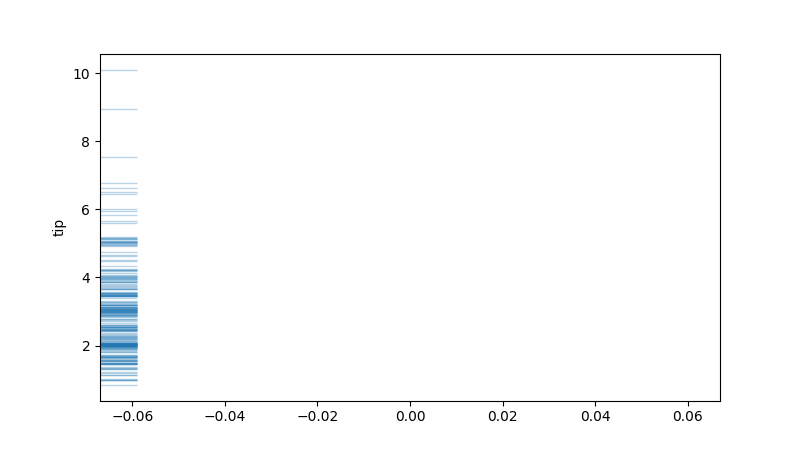
python, seaborn, rugplot, height=0.06, axis='y', alpha=0.3